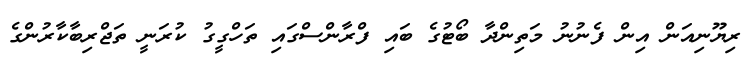
ރިޔޫނިއަން އިން ފެނުނު މަތިންދާ ބޯޓުގެ ބައި ފްރާންސްގައި ތަހްގީގު ކުރަނީ ތަޖްރިބާކާރުންގެ